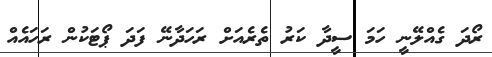
ރޯދަ ގެއްލޭނީ ހަމަ ސީދާ ކަރު ތެރެއަށް ރަހަދާނޭ ފަދަ ޕޯޓަކުން ރަހައެއް